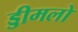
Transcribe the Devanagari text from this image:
ड्डीमलो